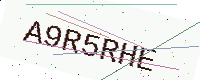
Text: A9R5RHE